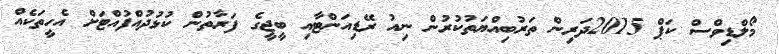
މޯލްޑިވްސް ކަޕް 2015ދަރިން ތަރުބިއްޔަތުކުރުން ނިއު ރޭޑިއަންޓާއި ބީޖީގެ ފަރާތުން ކުޅުދުއްފުއްޓަށް އެހީތަކެއް